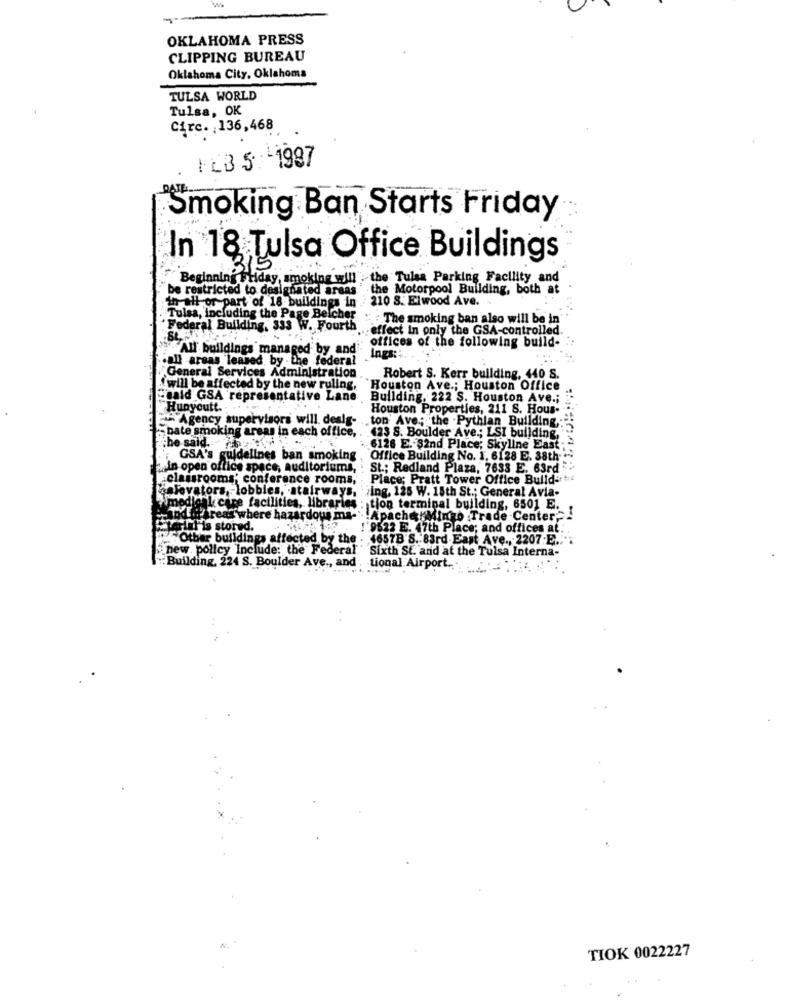
OKLAHOMA PRESS
CLIPPING BUREAU
Oklahoma City, Oklahoma
TULSA WORLD
Tulsa, OK
Circ. 136,468
FEB 5 :- 1987
Smoking Ban Starts Friday
In 18 Tulsa Office Buildings
Beginning Friday, smoking will" the Tulsa Parking Facility and
be restricted to designated areas
the Motorpool Building, both at
all or part of 18 buildings in 210 8. Elwood Ave.
Tulsa, including the Page Belcher
:The smoking ban also will be in
" Federal Building, 333 W. Fourth
... effect In only the GSA-controlled.
offices of the following build-
"All buildings managed by and
.all areas leased. by . the federal
Ings ::.
"General Services Administration
Robert S. Kerr building, 440 S.
will be affected by the new ruling,
"Houston Ave .; Houston Office
cald GSA representative Lane
Building, 222 S. Houston Ave .;
Hunyoutt.
Houston Properties, 211 S. Hous-
Agency supervisors will. dealg- ton' Ave .; the Pythian Building ,:
.bate smoking areas in each office,
the said. .
423 S. Boulder Ave .; LSI building,
6126 E. $2nd Place; Skyline East ;
GSA's guidelines ban smoking
Office Building No. 1. 6128 E. 38th
zain open office space, auditoriums,
St .; Redland Plaza, 7633 E. 63rd
classrooms, conference rooms,
Place; Pratt Tower Office Bulld'+
aelevators, lobbies, atairways.
ing. 125 W. 15th St .; General Avia-
dieak care facilities, libraries : tion terminal building, 6501 E. .
VE .: / rear where hazardous ma-Apache Mingo Trade Center">
tartalis stored.
!'9522 E. 47th Place; and offices at ..
2Other buildings affected by the
4657B'S. 83rd.East Ave ., 2207-E ....
new. policy Include: the Federal
Building, 224 S. Boulder Ave ., and .
Sixth SE. and at the Tulsa Interna-
tional Airport. .
TIOK 0022227